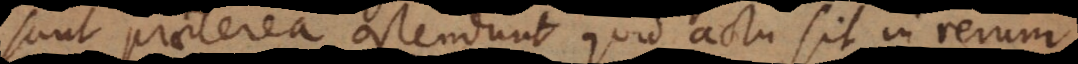
sunt praeterea ostendunt quid actu sit in rerum